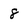
Character: 8